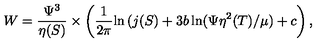
W = \frac { \Psi ^ { 3 } } { \eta ( S ) } \times \left( \frac { 1 } { 2 \pi } { \ln { ( j ( S ) } } + 3 b \ln ( \Psi \eta ^ { 2 } ( T ) / \mu ) + c \right) ,